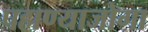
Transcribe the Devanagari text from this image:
पहाण्याजोगा